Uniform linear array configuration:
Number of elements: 48
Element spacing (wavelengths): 1
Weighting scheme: hamming
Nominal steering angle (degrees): -15
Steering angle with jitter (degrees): -15.71
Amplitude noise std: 0.05
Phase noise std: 0.05

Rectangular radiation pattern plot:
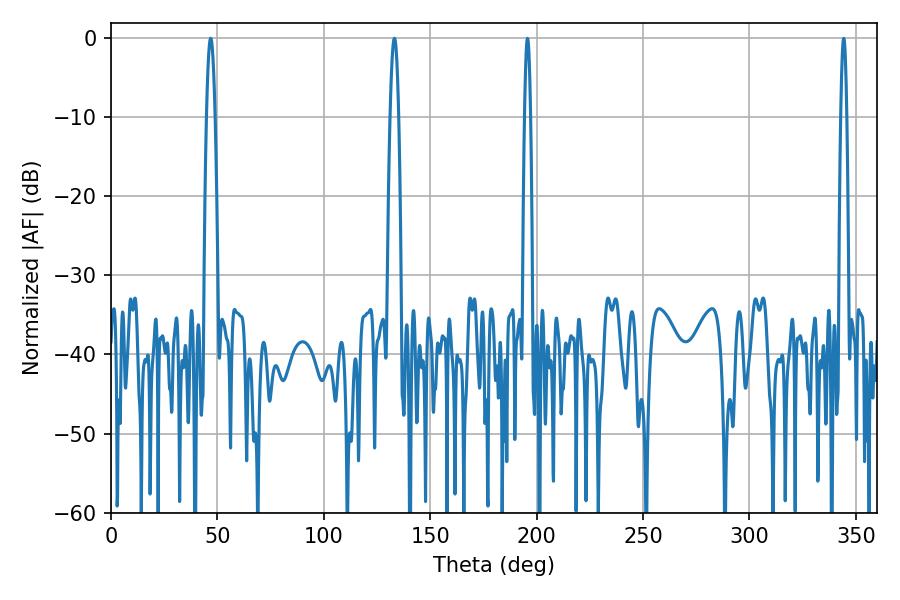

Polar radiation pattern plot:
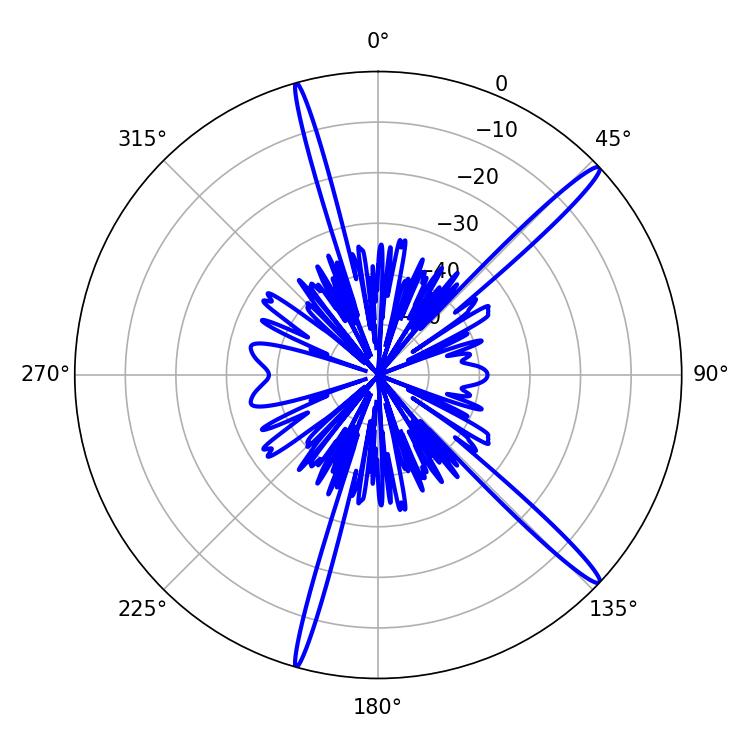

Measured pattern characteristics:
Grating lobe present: TRUE
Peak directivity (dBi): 16.432
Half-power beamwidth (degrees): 2.16
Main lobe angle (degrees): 46.8